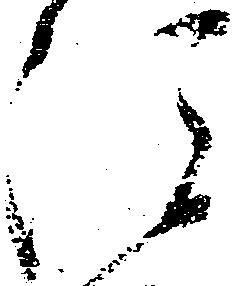
注